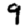
Digit: 9